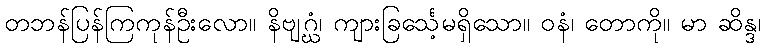
တဘန်ပြန်ကြကုန်ဦးလော။ နိဗျဂ္ဃံ၊ ကျားခြင်္သေ့မရှိသော။ ဝနံ၊ တောကို။ မာ ဆိန္ဒ၊